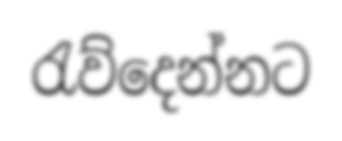
රැව්දෙන්නට